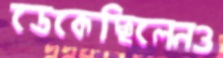
ডেকেছিলেনও